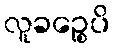
လူခဉ္စေပိ